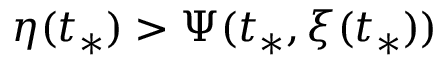
\eta ( t _ { * } ) > \Psi ( t _ { * } , \xi ( t _ { * } ) )